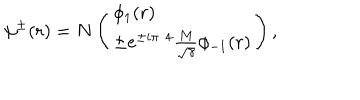
LaTeX: \psi ^ { \pm } ( r ) = N \left( \begin{array} { l } { { \phi _ { 1 } ( r ) } } \\ { { \pm e ^ { \pm i \pi / 4 } \frac { M } { \sqrt { \gamma } } \phi _ { - 1 } ( r ) } } \\ \end{array} \right) ,